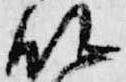
仏